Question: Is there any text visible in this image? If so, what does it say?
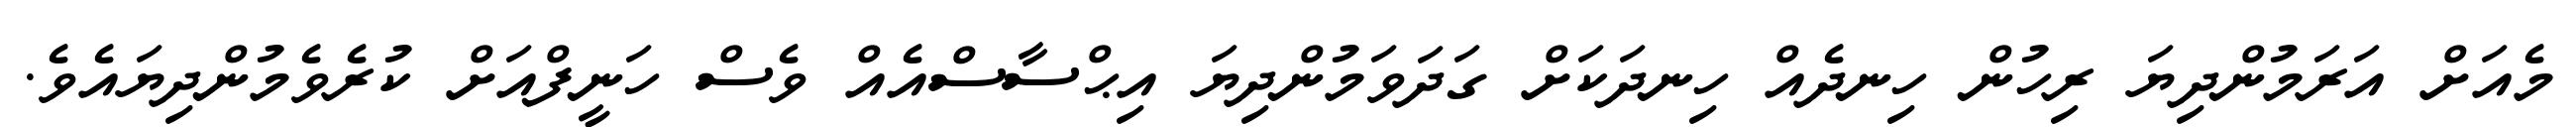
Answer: މެއަށް އަރަމުންދިޔަ ރިހުން ހިނދެއް ހިނދަކަށް ގަދަވަމުންދިޔަ އިޙްސާސްއެއް ވެސް ހަނީފްއަށް ކުރެވެމުންދިޔައެވެ.